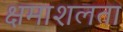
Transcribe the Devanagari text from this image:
क्षमाशलता